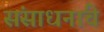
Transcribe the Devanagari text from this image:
संसाधनांचे